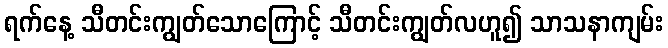
ရက်နေ့ သီတင်းကျွတ်သောကြောင့် သီတင်းကျွတ်လဟူ၍ သာသနာကျမ်း